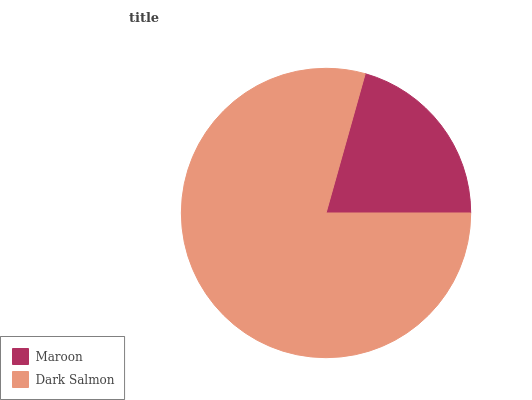
| Maroon | Dark Salmon |
 | --- | --- |
 | 20.7% | 79.3% |